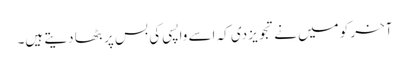
آخر کو میں نے تجویز دی کہ اسے واپسی کی بس پر بٹھا دیتے ہیں۔